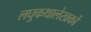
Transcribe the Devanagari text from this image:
लघुकथालेखकों